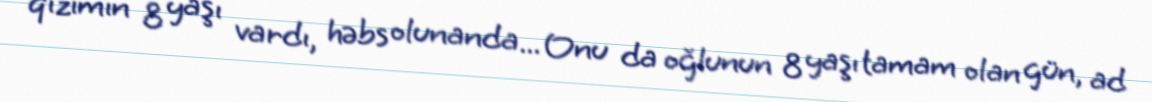
qızımın 8 yaşı vardı, həbs olunanda... Onu da oğlunun 8 yaşı tamam olan gün, ad